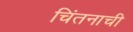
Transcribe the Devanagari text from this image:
चिंतनाची